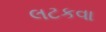
લટકવા